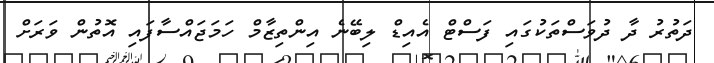
ދަތުރު ދާ ދުވަސްތަކުގައި ފަސްޓް އެއިޑް ލިބޭނެ އިންތިޒާމް ހަމަޖައްސާފައި އޮތުން ވަރަށް